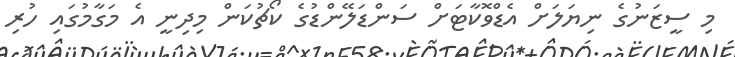
މި ސީޒަނުގެ ނިޔަލަށް އެޑްވޮކާޓަށް ސަންޑަލޭންޑުގެ ކޯޗުކަން މިދިނީ އެ މަގާމުގައި ހުރި